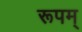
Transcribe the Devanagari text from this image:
रूपम्